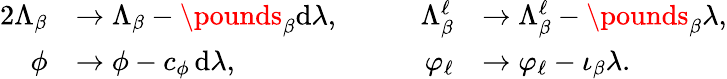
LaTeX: \begin{array}{rlrl}{{2}\Lambda_{\beta}}&{\to\Lambda_{\beta}-\pounds_{\beta}\mathrm{d}\lambda,\qquad}&{\Lambda_{\beta}^{\ell}}&{\to\Lambda_{\beta}^{\ell}-\pounds_{\beta}\lambda,}\\ {\phi}&{\to\phi-c_{\phi}\, \mathrm{d}\lambda,\qquad}&{\varphi_{\ell}}&{\to\varphi_{\ell}-\iota_{\beta}\lambda.}\end{array}